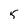
Character: 5